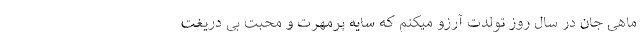
ماهی جان در سال روز تولدت آرزو میکنم کـه سایه پرمهرت و محبت بی دریغت